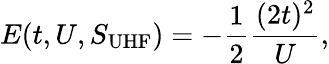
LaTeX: E(t,U,S_{\textrm{UHF}})=-\frac{1}{2}\frac{(2t)^{2}}{U},